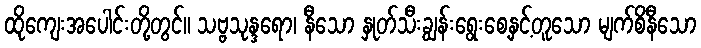
ထိုကျေးအပေါင်းတို့တွင်။ သဗ္ဗသုန္ဒရော၊ နီသော နှုတ်သီးချွန်းရွေးစေ့နှင့်တူသော မျက်စိနီသော